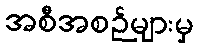
အစီအစဉ်များမှ